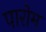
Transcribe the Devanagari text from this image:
पारोम